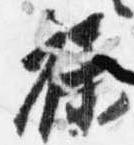
禄